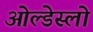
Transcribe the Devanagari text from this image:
ओल्डेस्लो